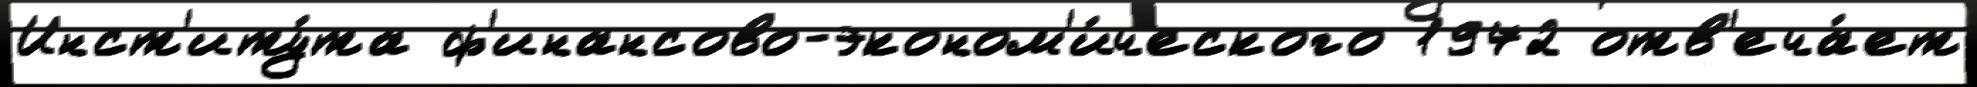
Инст'иту́та ф'инансово-эконом'и́ческого 1972 отв'еча́ет